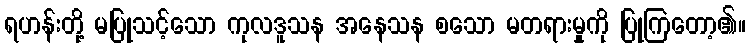
ရဟန်းတို့ မပြုသင့်သော ကုလဒူသန အနေသန စသော မတရားမှုကို ပြုကြတော့၏။